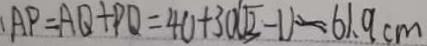
\cdot A P = A Q + P Q = 4 0 + 3 0 ( \sqrt { 3 } - 1 ) \approx 6 1 . 9 c m